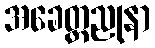
အခေတ္တညုနာ